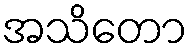
အသိတော